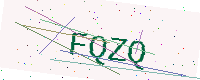
Text: FQZQ